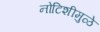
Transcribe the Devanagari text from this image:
नोटिशीमुळे